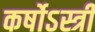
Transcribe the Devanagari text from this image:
कर्षोऽस्त्री